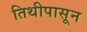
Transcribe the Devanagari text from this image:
तिथीपासून